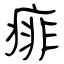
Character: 痱